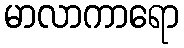
မာလာကာရော